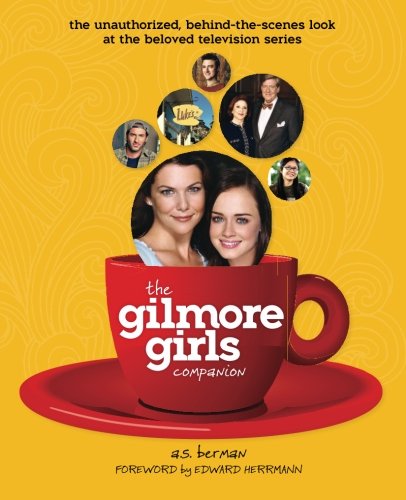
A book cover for The Gilmore Girls Companion; A. S. Berman; Humor & Entertainment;